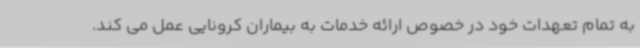
به تمام تعهدات خود در خصوص ارائه خدمات به بیماران کرونایی عمل می کند.